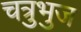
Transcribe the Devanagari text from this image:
चत्रुभुज